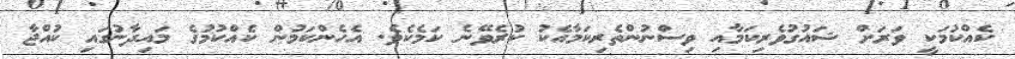
ކެއްކުމަކީ ވަރަށް ޝައުގުވެރިކަމާއި ވިސްނުންތެރިކަމާއެކު ކުރެވޭނެ ކަމެކެވެ. އެހެންކަމުން ކެއްކުމުގެ މައިދާނުގައި ކުއްޖާ